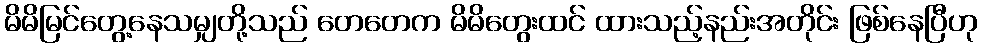
မိမိမြင်တွေ့နေသမျှတို့သည် တေတေက မိမိတွေးထင် ထားသည့်နည်းအတိုင်း ဖြစ်နေပြီဟု